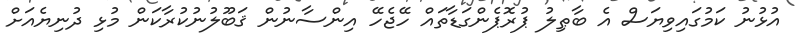
އުޅުނު ކަމުގައިވިޔަސް އެ ބާޠިލު ޕުރޮޕެންގަޑާތައް ހޭޖެހޭ އިންސާނުން ޤަބޫލުނުކުރާކަން މުޅި ދުނިޔެއަށް